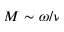
M \sim \omega / \nu